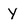
Character: Y